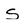
Character: s